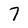
Character: 7